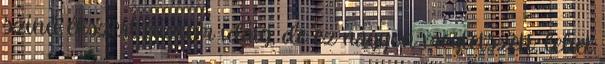
színű ékszert fűztem idáig, de ez nagyon megtetszett, lehet